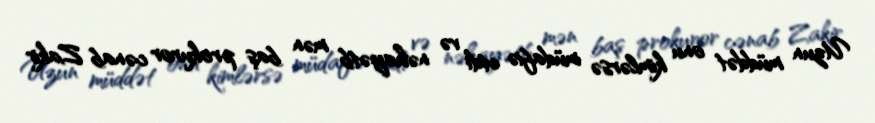
Uzun müddət onu kimlərsə müdafiə etdi və nəhayətb mən baş prokuror cənab Zakir